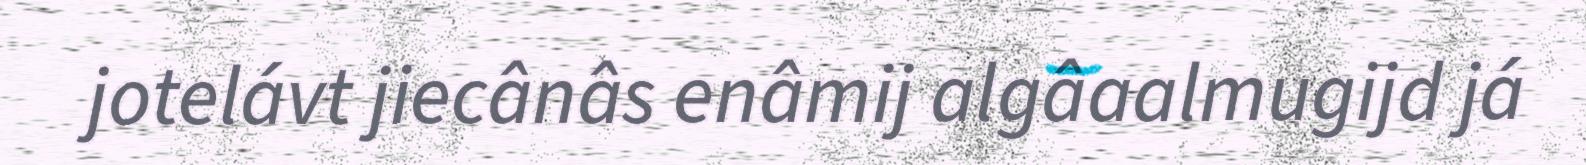
jotelávt jiecânâs enâmij algâaalmugijd já